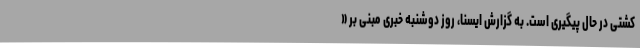
کشتی در حال پیگیری است. به گزارش ایسنا، روز دوشنبه خبری مبنی بر «